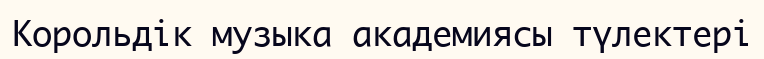
Корольдік музыка академиясы түлектері